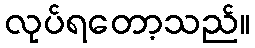
လုပ်ရတော့သည်။